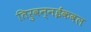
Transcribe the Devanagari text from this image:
तिरुवन्नईकवल